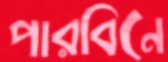
পারবিনে